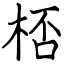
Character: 桮